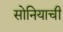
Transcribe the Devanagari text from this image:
सोनियाची